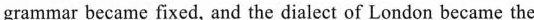
grammar became fixed, and the dialect of London became the